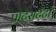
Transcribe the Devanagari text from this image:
प्रोटेसटेंटों